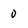
Character: 0